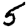
Digit: 5